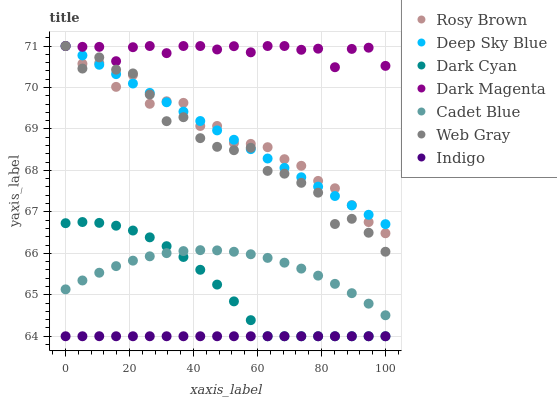
| xaxis_label | Rosy Brown | Deep Sky Blue | Dark Cyan | Dark Magenta | Cadet Blue | Web Gray | Indigo |
 | --- | --- | --- | --- | --- | --- | --- | --- |
 | 0 | 71 | 71 | 66.7 | 71 | 65.1 | 71 | 64 |
 | 5.26 | 70.6 | 70.8 | 66.8 | 71 | 65.3 | 70.5 | 64 |
 | 10.5 | 70.6 | 70.5 | 66.7 | 71 | 65.5 | 70.7 | 64 |
 | 15.8 | 70 | 70.3 | 66.7 | 70.6 | 65.7 | 70.4 | 64 |
 | 21.1 | 70.3 | 70.1 | 66.5 | 71 | 65.8 | 70.3 | 64 |
 | 26.3 | 69.6 | 69.9 | 66.4 | 71 | 65.9 | 69.8 | 64 |
 | 31.6 | 69.7 | 69.6 | 66.2 | 70.8 | 66 | 69.2 | 64 |
 | 36.8 | 69.6 | 69.4 | 65.9 | 71 | 66.1 | 69.3 | 64 |
 | 42.1 | 69.1 | 69.2 | 65.6 | 71 | 66.1 | 68.8 | 64 |
 | 47.4 | 69.1 | 69 | 65.2 | 70.9 | 66.1 | 68.6 | 64 |
 | 52.6 | 68.7 | 68.7 | 64.8 | 71 | 66 | 68.5 | 64 |
 | 57.9 | 68.6 | 68.5 | 64.4 | 70.8 | 66 | 68.5 | 64 |
 | 63.2 | 68.6 | 68.3 | 64 | 71 | 65.9 | 68 | 64 |
 | 68.4 | 68.3 | 68.1 | 64 | 71 | 65.8 | 67.9 | 64 |
 | 73.7 | 68.1 | 67.8 | 64 | 70.9 | 65.6 | 67.7 | 64 |
 | 78.9 | 67.7 | 67.6 | 64 | 70.9 | 65.5 | 67.5 | 64 |
 | 84.2 | 67.6 | 67.4 | 64 | 70.5 | 65.3 | 66.7 | 64 |
 | 89.5 | 67.2 | 67.2 | 64 | 70.9 | 65 | 66.8 | 64 |
 | 94.7 | 66.8 | 66.9 | 64 | 71 | 64.8 | 66.5 | 64 |
 | 100 | 66.5 | 66.7 | 64 | 70.5 | 64.5 | 66 | 64 |